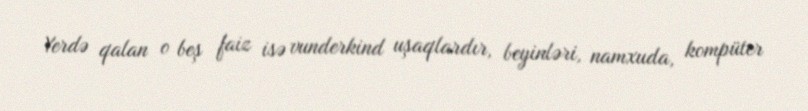
Yerdə qalan o beş faiz isə vunderkind uşaqlardır, beyinləri, namxuda, kompüter